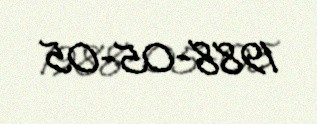
1988-05-05